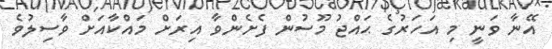
އޭނާ ވަނީ މި އަހަރުގެ ޙައްޖު މޫސުން ފެށެންވާ އިރަށް މައްކާއަށް ވާސިލުވެ